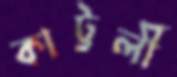
কাট্টলী